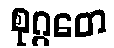
စုဂ္ဂတေ